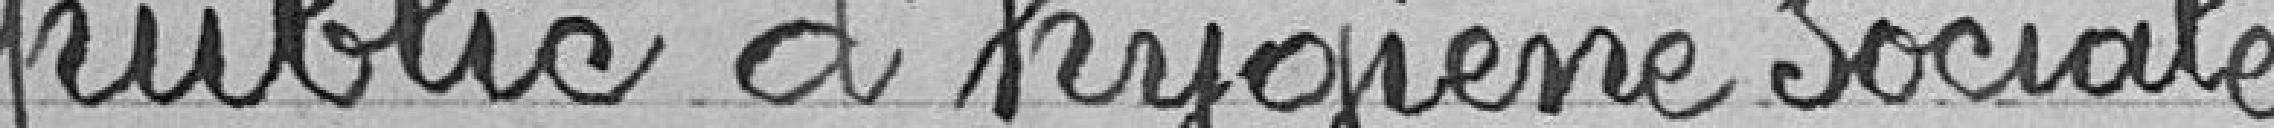
public d'hygiène sociale